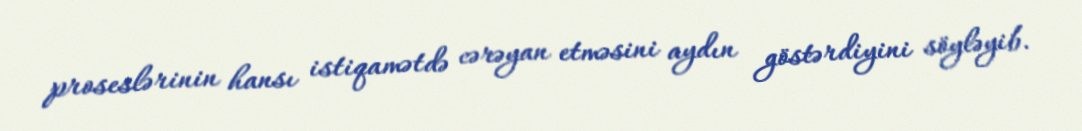
proseslərinin hansı istiqamətdə cərəyan etməsini aydın göstərdiyini söyləyib.